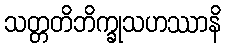
သတ္တတိဘိက္ခုသဟဿာနိ